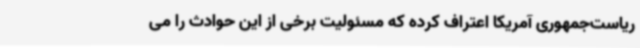
ریاست‌جمهوری آمریکا اعتراف کرده که مسئولیت برخی از این حوادث را می